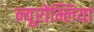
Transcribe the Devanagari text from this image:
न्यूरोम्लिया